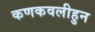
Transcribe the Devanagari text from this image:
कणकवलीहुन